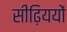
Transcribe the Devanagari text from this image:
सीढ़िययों